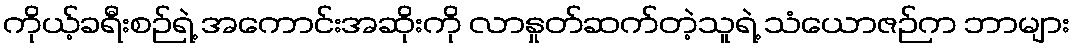
ကိုယ့်ခရီးစဉ်ရဲ့ အကောင်းအဆိုးကို လာနှုတ်ဆက်တဲ့သူရဲ့ သံယောဇဉ်က ဘာများ